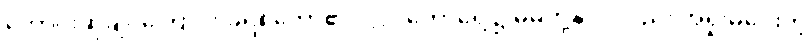
တောင်းဆိုချင်ကြောင်း ခရစ်တော်၏ပလ္လင်တော်ရှေ့၌ မိမိတို့နိုင်ငံလည်း အရှုံးမပေးတဲ့